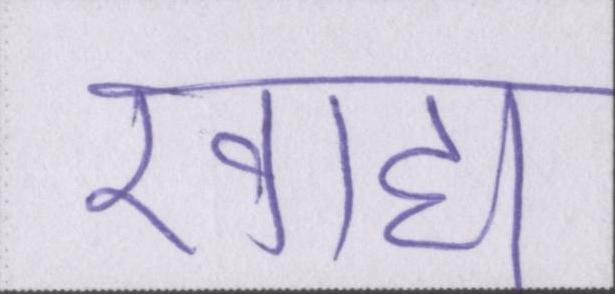
खाद्य